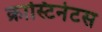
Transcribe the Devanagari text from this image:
क्रास्टिनेटस